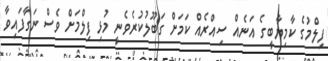
ފިލްމުގެ ކާމިޔާބީގެ އަނެއް ސިއްރެއް ކަމަށް ގަބޫލުކުރެވެނީ މުޅި ފިލްމަށް ވެސް ނަގާފައިވާ